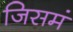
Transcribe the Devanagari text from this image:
जिसमं